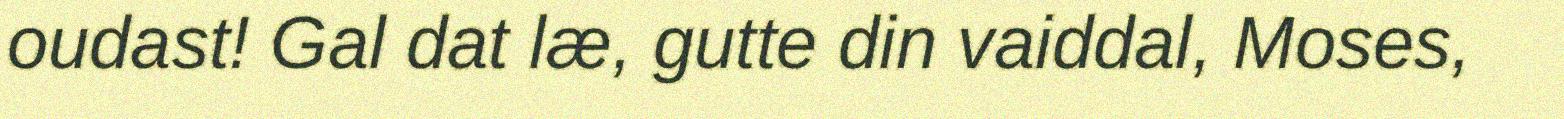
oudast! Gal dat læ, gutte din vaiddal, Moses,